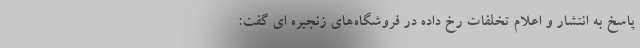
پاسخ به انتشار و اعلام تخلفات رخ داده در فروشگاه‌های زنجیره ای گفت: